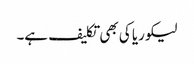
لیکوریا کی بھی تکلیف ہے۔